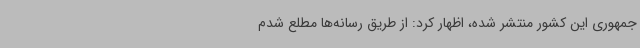
‌جمهوری این کشور منتشر شده، اظهار کرد: از طریق رسانه‌ها مطلع شدم